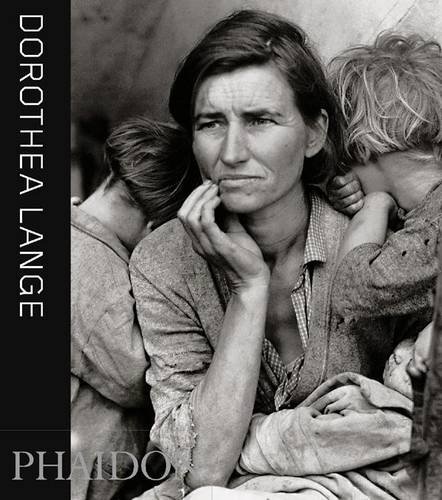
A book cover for Dorothea Lange (55s); Mark Durden; Arts & Photography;